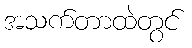
အသက်တာထဲတွင်